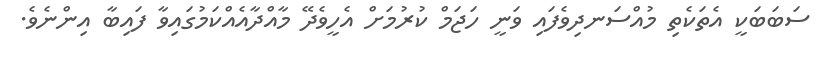
ސަބަބަކީ އެތަކެތި މުއްސަނދިވެފައި ވަނީ ހަޖަމް ކުރުމަށް އެހީވެދޭ މާއްދާއެއްކަމުގައިވާ ފައިބާ އިންނެވެ.